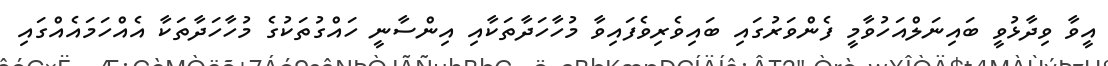
އީވާ ވިދާޅުވީ ބައިނަލްއަހުވާމީ ފެންވަރުގައި ބައިވެރިވެފައިވާ މުހާހަދާތަކާއި އިންސާނީ ހައްގުތަކުގެ މުހާހަދާތަކާ އެއްހަމައެއްގައި